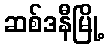
ဆစ်ဒနီမြို့